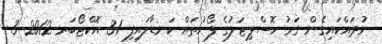
ނުދައްކައިގެން ގަމު ހޮސްޕިޓަލުގެ ފޯނުތައް ކަނޑާލައިފި 31 އޮކްޓޯބަރ 2012 3